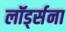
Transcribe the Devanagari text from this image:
लॉर्ड्सना